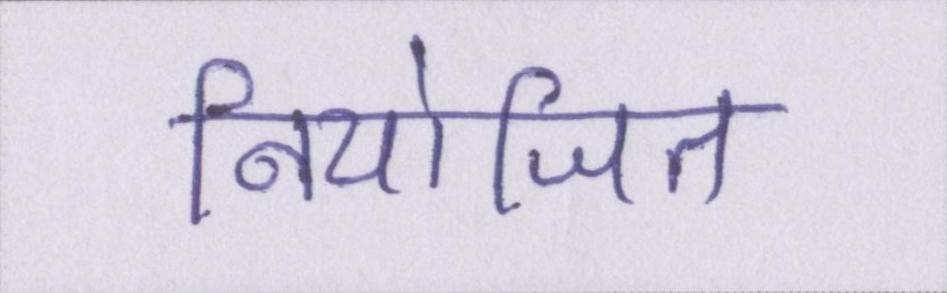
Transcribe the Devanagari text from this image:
नियोजित